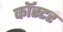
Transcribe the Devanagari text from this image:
कॉस्टर